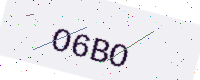
Text: O6BO